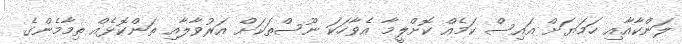
ލަންކާއާއި ހަމަޔަށް އައިސް ކަމެއް ކޮށްލީމާ އެވާހަކަ ނޫސްތަކަށް އަރުވާލާއި ތަންކޮޅެއް ތިމާމެންގެ